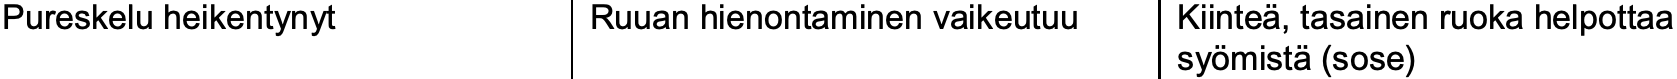
Pureskelu heikentynyt Ruuan hienontaminen vaikeutuu Kiinteä, tasainen ruoka helpottaa syömistä(sose)